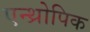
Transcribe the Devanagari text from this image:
एन्थ्रोपिक